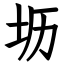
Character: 坜